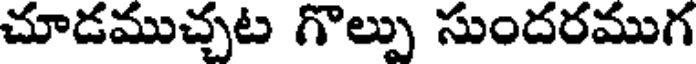
చూడముచ్చట గొల్పు సుందరముగ